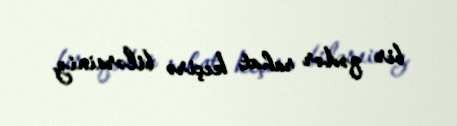
bir qədər rahat keçirə bilərsiniz.